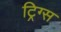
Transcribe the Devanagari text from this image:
ट्रिग्स